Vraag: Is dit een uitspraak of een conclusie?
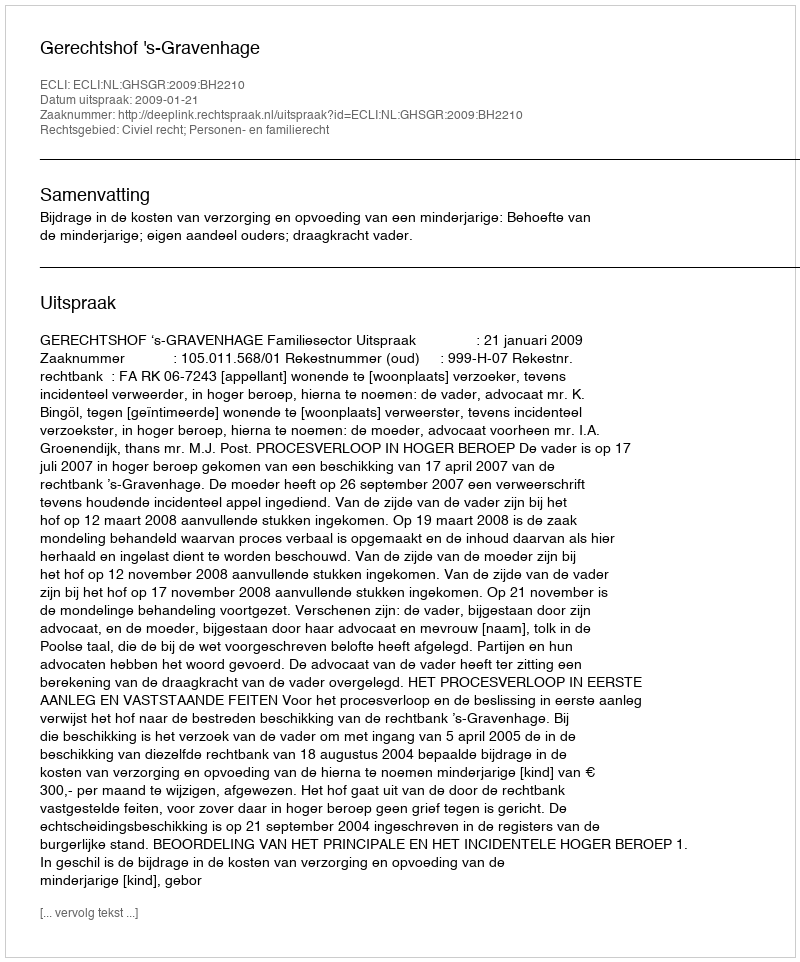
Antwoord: Uitspraak